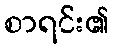
စာရင်း၏